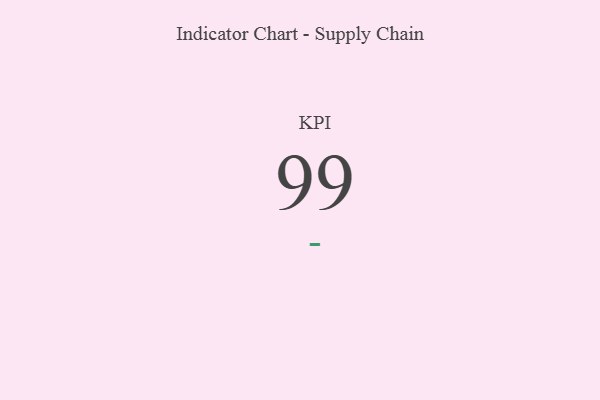
{"axis": {"x": "KPI", "y": "Value"}, "legend": [""], "data": [{"x": "KPI", "y": 99, "type": ""}]}